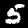
Label: 5